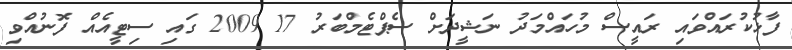
ފާޅުކުރައްވައި ރައީސް މުހައްމަދު ނަޝީދަށް ސެޕްޓެމްބަރު 17 2009 ގައި ސިޓީއެއް ފޮނުއްވި